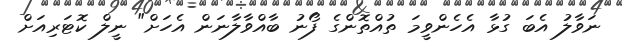
ނަވާލު އެބަ ގުޅާ އެހެންވީމަ ތުއްތޮންގެ ފޯނު ބާއްވާލާނަން އެހަށް" ނީލް ކޮޓަރިއަށް